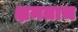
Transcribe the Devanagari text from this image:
क्षमताच